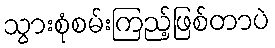
သွားစုံစမ်းကြည့်ဖြစ်တာပဲ